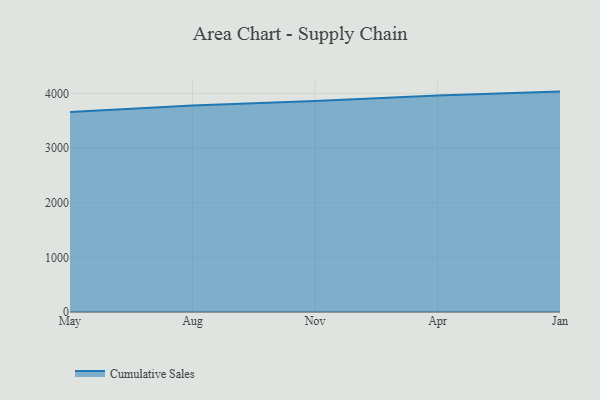
{"axis": {"x": "Month", "y": "Production Output"}, "legend": ["Cumulative Sales"], "data": [{"x": "May", "y": 3659.5, "type": "Cumulative Sales"}, {"x": "Aug", "y": 3779.2, "type": "Cumulative Sales"}, {"x": "Nov", "y": 3858.9, "type": "Cumulative Sales"}, {"x": "Apr", "y": 3961.3, "type": "Cumulative Sales"}, {"x": "Jan", "y": 4032.5, "type": "Cumulative Sales"}]}